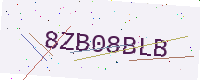
Text: 8ZB08BLB